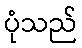
ပုံသည်